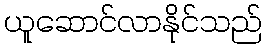
ယူဆောင်လာနိုင်သည်